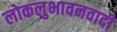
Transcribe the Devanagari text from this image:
लोकलुभावनवादी